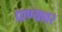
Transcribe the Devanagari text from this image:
प्राण्यावर